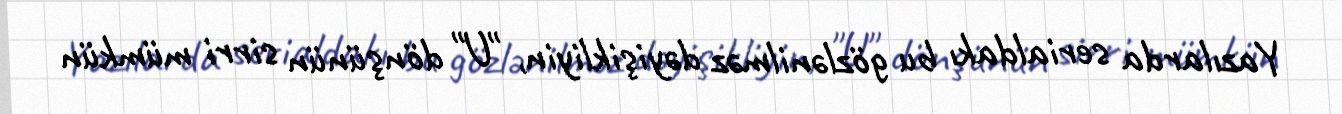
Yazılarda serialdakı bu gözlənilməz dəyişikliyin, "U" dönşünün sirri mümkün